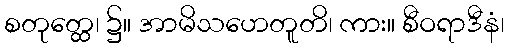
စတုတ္ထေ၊ ၌။ အာမိသဟေတူတိ၊ ကား။ စီဝရာဒီနံ၊